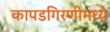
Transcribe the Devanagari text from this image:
कापडगिरणीमध्ये